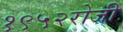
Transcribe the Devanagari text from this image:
१९५२रोजी